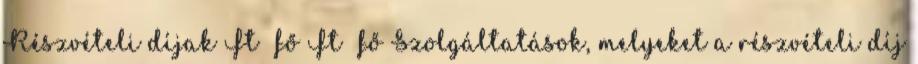
Részvételi díjak Ft fő Ft fő Szolgáltatások, melyeket a részvételi díj